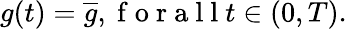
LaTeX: g(t)=\overline{{g}},\mathrm{~f~o~r~a~l~l~}t\in(0,T).